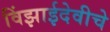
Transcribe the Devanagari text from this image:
विंझाईदेवीचे